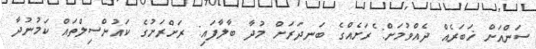
ސަންއަށް ޚަބަރެއް ދެއްވުމަށް: ެރަށެއްގެ ބަނދަރަށް މުދާ ބާލާފައި: ރަށްރަށުގެ ކައުންސިލްތައް ކަމުނުދާ